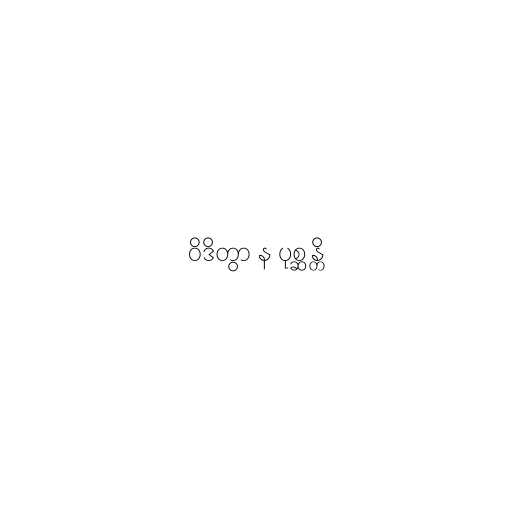
ဝိဒိတွာ န ပုစ္ဆန္တိ